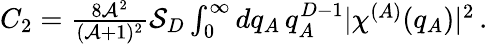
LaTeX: \begin{array}{r}{C_{2}=\frac{8\mathcal{A}^{2}}{(\mathcal{A}+1)^{2}}\mathcal{S}_{D}\int_{0}^{\infty}dq_{A}\, q_{A}^{D-1}\lvert\chi^{(A)}(q_{A})\rvert^{2}\, .}\end{array}